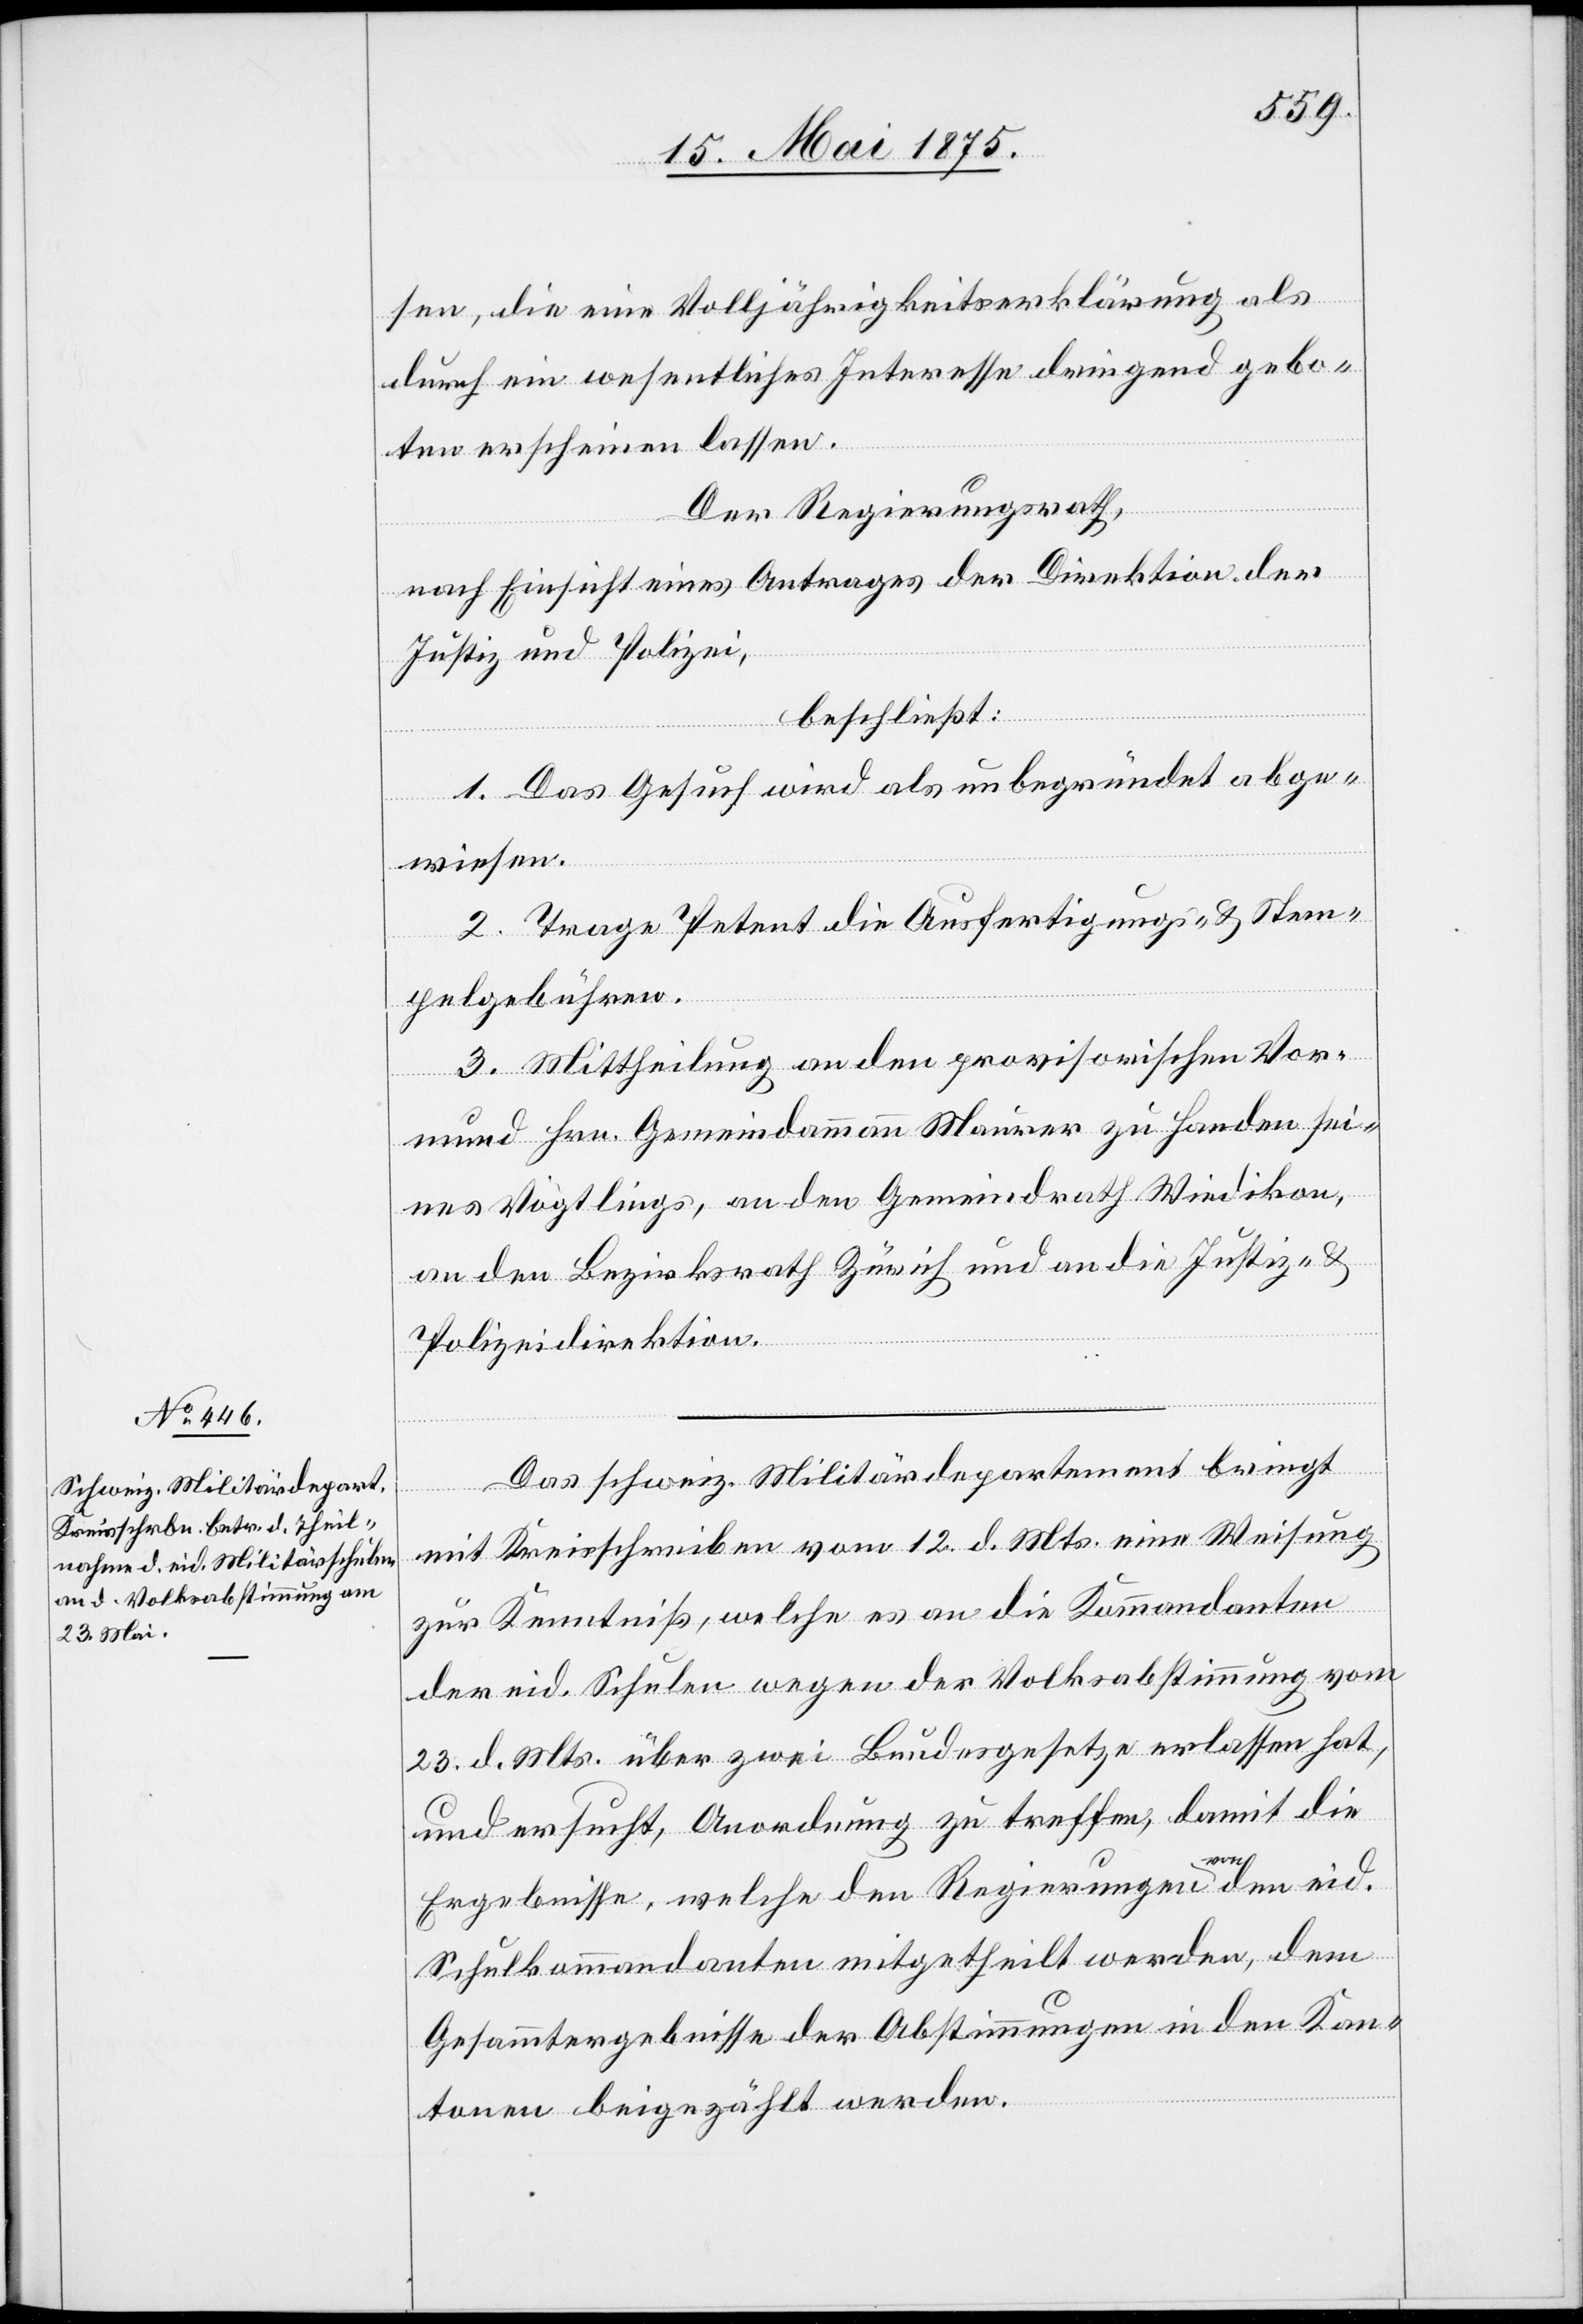
sen, die eine Volljährigkeitserklärung als
durch ein wesentliches Interesse dringend gebo¬
ten erscheinen lassen.
Der Regierungsrath,
nach Einsicht eines Antrages der Direktion der
Justiz und Polizei,
beschließt:
1. Das Gesuch wird als unbegründet abge¬
wiesen.
2. Trage der Petent die Ausfertigungs- & Stem¬
pelgebühren.
3. Mittheilung an den provisorischen Vor¬
mund Hrn. Gemeindammann Mauerer zu Handen sei¬
nes Vögtlings, an den Gemeindrath Wiedikon,
an den Bezirksrath Zürich und an die Justiz- und
Polizeidirektion.
Das schweiz. Militärdepartement bringt
mit Kreisschreiben vom 12. d. Mts. eine Weisung
zur Kenntniß, welche es an die Kommandanten
der eid. Schulen wegen der Volksabstimmung vom
23. d. Mts. über zwei Bundesgesetze erlassen hat,
und ersucht, Anordnung zu treffen, damit die
Ergebnisse, welche den Regierungen von den eid.
Schulkommandanten mitgetheilt werden, dem
Gesammtergebnisse der Abstimmungen in den Kan¬
tonen beigezählt werden